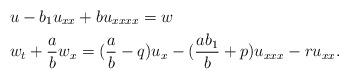
LaTeX: \begin{align*} &u-b_1u_{xx}+bu_{xxxx}=w \\ &w_t+\frac{a}{b}w_x=(\frac{a}{b}-q)u_x-(\frac{ab_1}{b}+p)u_{xxx}-ru_{xx}.\end{align*}